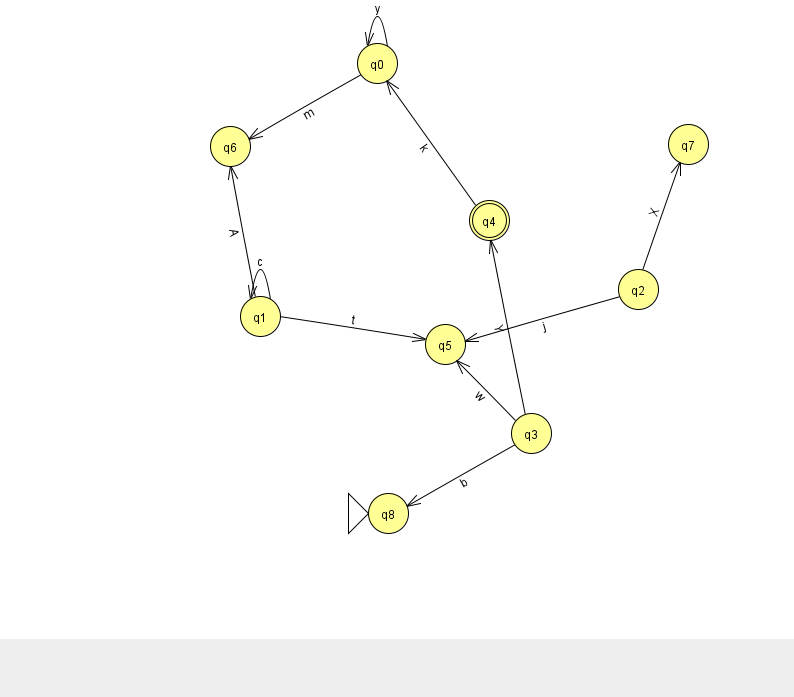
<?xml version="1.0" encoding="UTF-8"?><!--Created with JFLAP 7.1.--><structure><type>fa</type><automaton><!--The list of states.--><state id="0" name="q0"><x>377.0</x><y>50.0</y></state><state id="1" name="q1"><x>260.0</x><y>303.0</y></state><state id="2" name="q2"><x>638.0</x><y>276.0</y></state><state id="3" name="q3"><x>531.0</x><y>420.0</y></state><state id="4" name="q4"><x>489.0</x><y>207.0</y><final/></state><state id="5" name="q5"><x>445.0</x><y>331.0</y></state><state id="6" name="q6"><x>230.0</x><y>133.0</y></state><state id="7" name="q7"><x>688.0</x><y>131.0</y></state><state id="8" name="q8"><x>388.0</x><y>500.0</y><initial/></state><!--The list of transitions.--><transition><from>3</from><to>5</to><read>w</read></transition><transition><from>1</from><to>6</to><read>A</read></transition><transition><from>1</from><to>1</to><read>c</read></transition><transition><from>3</from><to>4</to><read>Y</read></transition><transition><from>0</from><to>6</to><read>m</read></transition><transition><from>4</from><to>0</to><read>k</read></transition><transition><from>0</from><to>0</to><read>y</read></transition><transition><from>2</from><to>7</to><read>X</read></transition><transition><from>3</from><to>8</to><read>b</read></transition><transition><from>1</from><to>5</to><read>t</read></transition><transition><from>2</from><to>5</to><read>j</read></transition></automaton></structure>